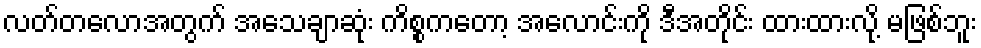
လတ်တလောအတွက် အသေချာဆုံး ကိစ္စကတော့ အလောင်းကို ဒီအတိုင်း ထားထားလို့ မဖြစ်ဘူး